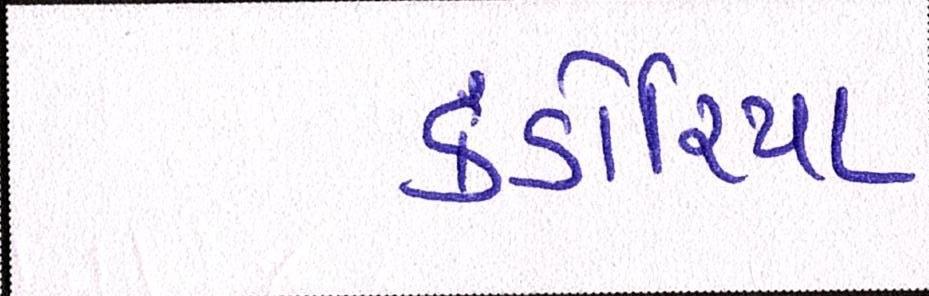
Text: કંડોરિયા